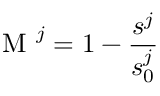
\textrm { M } ^ { j } = 1 - \frac { s ^ { j } } { s _ { 0 } ^ { j } }